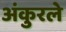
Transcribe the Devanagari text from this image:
अंकुरले